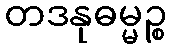
တဒနုဓမ္မဉ္စ